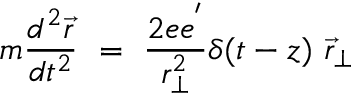
m { \frac { d ^ { 2 } \vec { r } } { d t ^ { 2 } } } ~ = ~ { \frac { 2 e e ^ { ' } } { r _ { \perp } ^ { 2 } } } \delta ( t - z ) { } ~ { \vec { r } } _ { \perp }